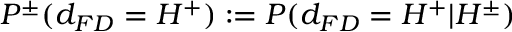
P ^ { \pm } ( d _ { F D } = H ^ { + } ) : = P ( d _ { F D } = H ^ { + } | H ^ { \pm } )